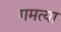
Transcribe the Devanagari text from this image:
गमत्या